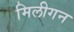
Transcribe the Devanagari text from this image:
मिलीगन